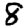
Digit: 8